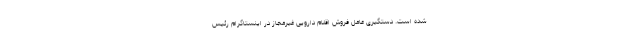
شده است. دستگیری عامل فروش اقلام دارویی غیرمجاز در اینستاگرام رئیس